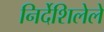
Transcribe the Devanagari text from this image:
निर्देशिलेले